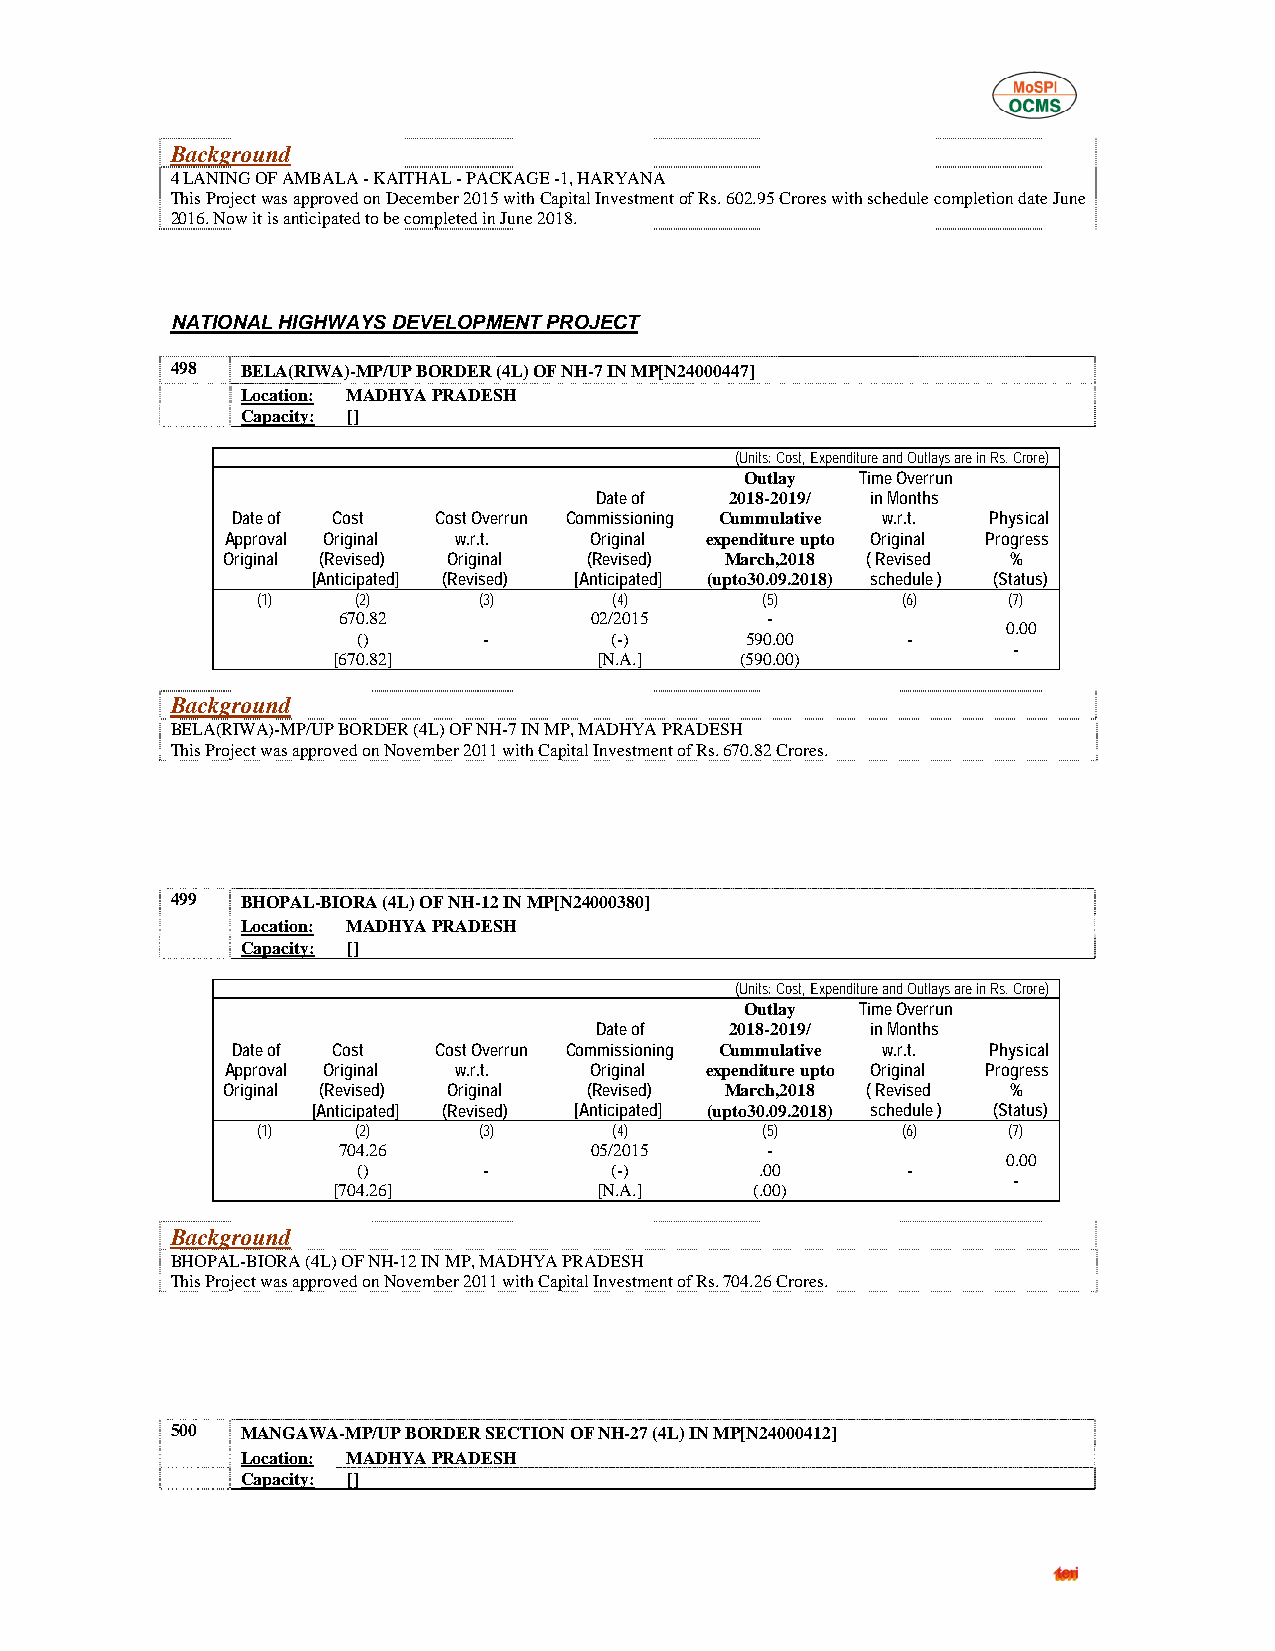
Background
 4 LANING OF AMBALA - KAITHAL - PACKAGE -1, HARYANA
 This Project was approved on December 2015 with Capital Investment of Rs. 602.95 Crores with schedule completion date June
 2016. Now it is anticipated to be completed in June 2018.
 NATIONAL HIGHWAYS DEVELOPMENT PROJECT
 498  BELA(RIWA)-MP/UP BORDER (4L) OF NH-7 IN MP[N24000447]
 Location: MADHYA PRADESH
 Capacity: []
 (Units: Cost, Expenditure and Outlays are in Rs. Crore)
 Outlay  Time Overrun
 Date of  2018-2019/ in Months
 Date of Cost  Cost Overrun Commissioning Cummulative w.r.t. Physical
 Approval Original w.r.t. Original expenditure upto Original Progress
 Original (Revised) Original (Revised) March,2018 ( Revised %
 [Anticipated] (Revised) [Anticipated] (upto30.09.2018) schedule ) (Status)
 (1)    (2)     (3)      (4)      (5)       (6)    (7)
 670.82           02/2015     -
 0.00
 ()      -       (-)      590.00     -
 -
 [670.82]          [N.A.]   (590.00)
 Background
 BELA(RIWA)-MP/UP BORDER (4L) OF NH-7 IN MP, MADHYA PRADESH
 This Project was approved on November 2011 with Capital Investment of Rs. 670.82 Crores.
 499  BHOPAL-BIORA (4L) OF NH-12 IN MP[N24000380]
 Location: MADHYA PRADESH
 Capacity: []
 (Units: Cost, Expenditure and Outlays are in Rs. Crore)
 Outlay  Time Overrun
 Date of  2018-2019/ in Months
 Date of Cost  Cost Overrun Commissioning Cummulative w.r.t. Physical
 Approval Original w.r.t. Original expenditure upto Original Progress
 Original (Revised) Original (Revised) March,2018 ( Revised %
 [Anticipated] (Revised) [Anticipated] (upto30.09.2018) schedule ) (Status)
 (1)    (2)     (3)      (4)      (5)       (6)    (7)
 704.26           05/2015     -
 0.00
 ()      -       (-)       .00       -
 -
 [704.26]          [N.A.]    (.00)
 Background
 BHOPAL-BIORA (4L) OF NH-12 IN MP, MADHYA PRADESH
 This Project was approved on November 2011 with Capital Investment of Rs. 704.26 Crores.
 500  MANGAWA-MP/UP BORDER SECTION OF NH-27 (4L) IN MP[N24000412]
 Location: MADHYA PRADESH
 Capacity: []